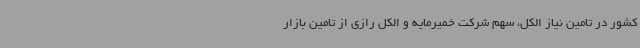
کشور در تامین نیاز الکل، سهم شرکت خمیرمایه و الکل رازی از تامین بازار